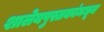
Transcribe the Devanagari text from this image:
शालेयपुस्तकांमधून